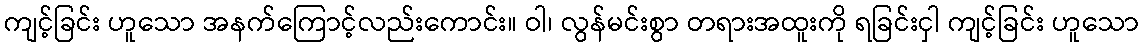
ကျင့်ခြင်း ဟူသော အနက်ကြောင့်လည်းကောင်း။ ဝါ၊ လွန်မင်းစွာ တရားအထူးကို ရခြင်းငှါ ကျင့်ခြင်း ဟူသော